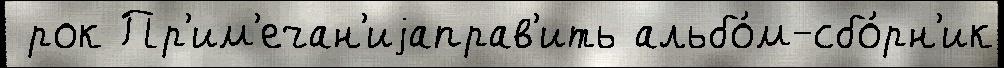
 рок Пр'им'ечан'иjаправ'ить альбо́м-сбо́рн'ик